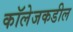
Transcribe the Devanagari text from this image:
कॉलेजकडील